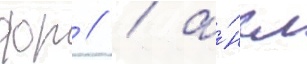
фр // / а́нгл